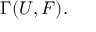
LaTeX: \Gamma ( U , F ) .